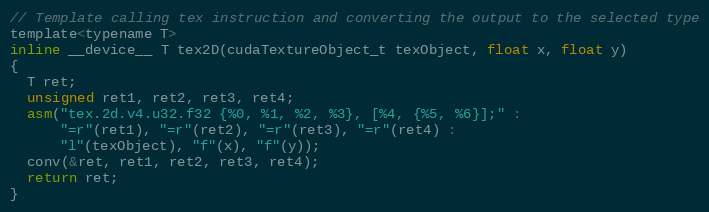
Language: C
// Template calling tex instruction and converting the output to the selected type
template<typename T>
inline __device__ T tex2D(cudaTextureObject_t texObject, float x, float y)
{
  T ret;
  unsigned ret1, ret2, ret3, ret4;
  asm("tex.2d.v4.u32.f32 {%0, %1, %2, %3}, [%4, {%5, %6}];" :
      "=r"(ret1), "=r"(ret2), "=r"(ret3), "=r"(ret4) :
      "l"(texObject), "f"(x), "f"(y));
  conv(&ret, ret1, ret2, ret3, ret4);
  return ret;
}